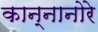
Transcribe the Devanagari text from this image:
कान्नानोरे